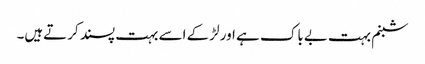
شبنم بہت بےباک ہے اور لڑکے اسے بہت پسند کرتےہیں۔